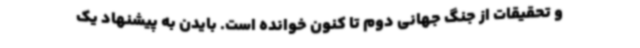
و تحقیقات از جنگ جهانی دوم تا کنون خوانده است. بایدن به پیشنهاد یک